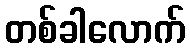
တစ်ခါလောက်